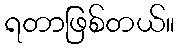
ရတာဖြစ်တယ်။